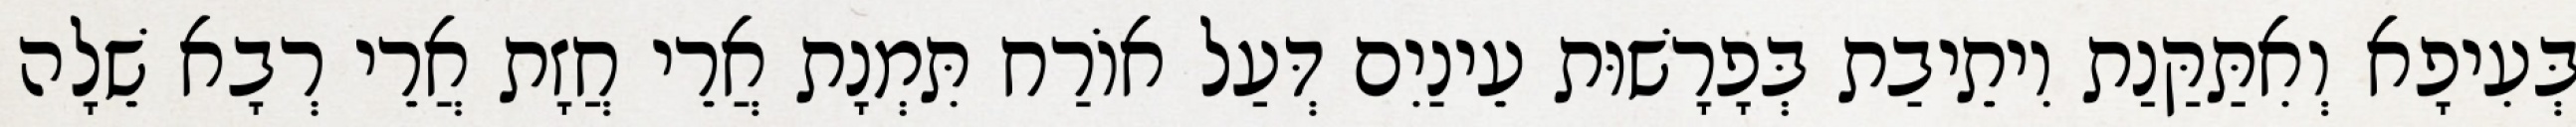
בְּעִיפָא וְאִתַּקַּנַת וִיתֵיבַת בְּפָרָשׁוּת עֵינַיִם דְּעַל אוֹרַח תִּמְנָת אֲרֵי חֲזָת אֲרֵי רְבָא שֵׁלָה